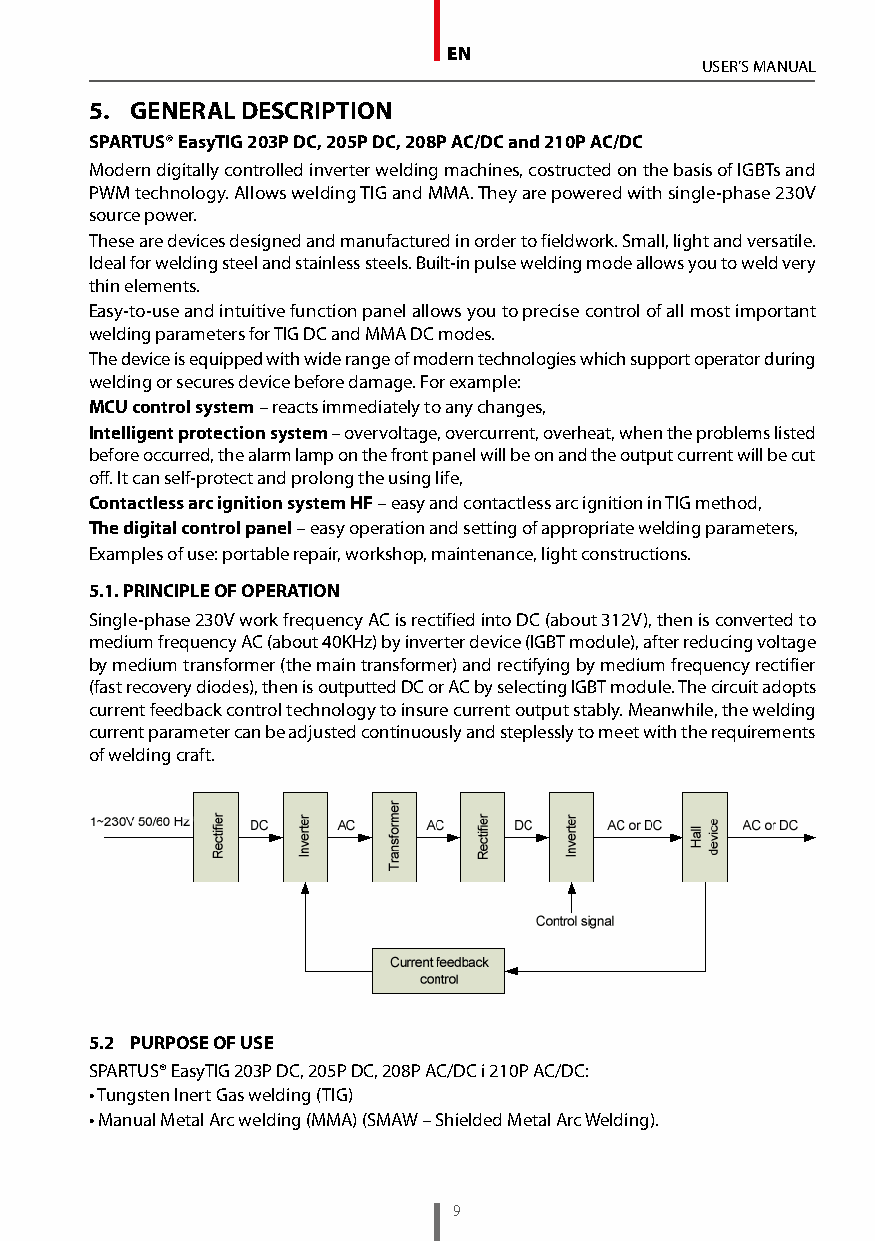
EN
 USER’S MANUAL
 5. GENERAL DESCRIPTION
 SPARTUS® EasyTIG 203P DC, 205P DC, 208P AC/DC and 210P AC/DC
 Modern digitally controlled inverter welding machines, costructed on the basis of IGBTs and
 PWM technology. Allows welding TIG and MMA. They are powered with single-phase 230V
 source power.
 These are devices designed and manufactured in order to fieldwork. Small, light and versatile.
 Ideal for welding steel and stainless steels. Built-in pulse welding mode allows you to weld very
 thin elements.
 Easy-to-use and intuitive function panel allows you to precise control of all most important
 welding parameters for TIG DC and MMA DC modes.
 The device is equipped with wide range of modern technologies which support operator during
 welding or secures device before damage. For example:
 MCU control system – reacts immediately to any changes,
 Intelligent protection system – overvoltage, overcurrent, overheat, when the problems listed
 before occurred, the alarm lamp on the front panel will be on and the output current will be cut
 off. It can self-protect and prolong the using life,
 Contactless arc ignition system HF – easy and contactless arc ignition in TIG method,
 The digital control panel – easy operation and setting of appropriate welding parameters,
 Examples of use: portable repair, workshop, maintenance, light constructions.
 5.1. PRINCIPLE OF OPERATION
 Single-phase 230V work frequency AC is rectified into DC (about 312V), then is converted to
 medium frequency AC (about 40KHz) by inverter device (IGBT module), after reducing voltage
 by medium transformer (the main transformer) and rectifying by medium frequency rectifier
 (fast recovery diodes), then is outputted DC or AC by selecting IGBT module. The circuit adopts
 current feedback control technology to insure current output stably. Meanwhile, the welding
 current parameter can be adjusted continuously and steplessly to meet with the requirements
 of welding craft.
 5.2 PURPOSE OF USE
 SPARTUS® EasyTIG 203P DC, 205P DC, 208P AC/DC i 210P AC/DC:
 • Tungsten Inert Gas welding (TIG)
 • Manual Metal Arc welding (MMA) (SMAW – Shielded Metal Arc Welding).
 9